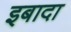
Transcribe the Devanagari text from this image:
इबादा